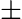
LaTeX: ±